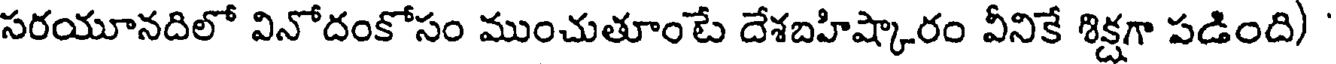
సరయూనదిలో వినోదంకోసం ముంచుతూంటే దేశబహిష్కారం వీనికే శిక్షగా పడింది)